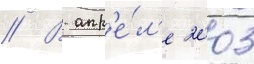
// В апр'е́л'е 2003